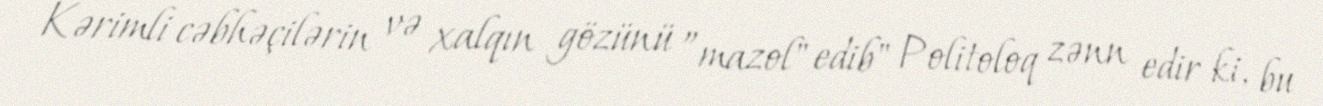
Kərimli cəbhəçilərin və xalqın gözünü ”mazol" edib" Politoloq zənn edir ki, bu